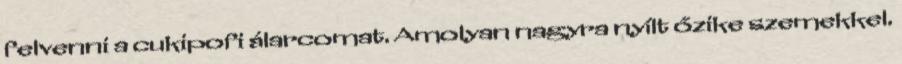
felvenni a cukipofi álarcomat. Amolyan nagyra nyílt őzike szemekkel.